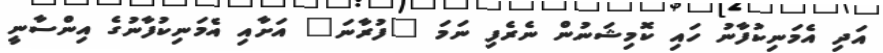
އަދި އެމަނިކުފާނު ހައި ކޮމިޝަނުން ނެރެފި ނަމަ "ފުރާނަ" އަށާއި އެމަނިކުފާނުގެ އިންސާނީ